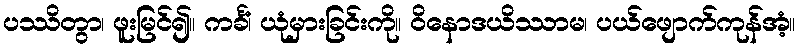
ပဿိတွာ၊ ဖူးမြင်၍။ ကင်္ခံ၊ ယုံမှားခြင်းကို။ ဝိနောဒယိဿာမ၊ ပယ်ဖျောက်ကုန်အံ့။